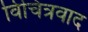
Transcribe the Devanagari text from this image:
विचित्रवाद